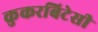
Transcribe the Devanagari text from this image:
कुकरबिटेसी